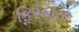
ફિરકાના